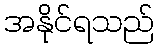
အနိုင်ရသည်